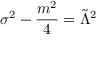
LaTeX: \sigma ^ { 2 } - \frac { m ^ { 2 } } { 4 } = \tilde { \Lambda } ^ { 2 }